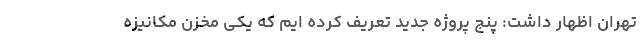
تهران اظهار داشت: پنج پروژه جدید تعریف کرده ایم که یکی مخزن مکانیزه